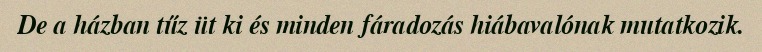
De a házban tűz üt ki és minden fáradozás hiábavalónak mutatkozik.